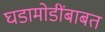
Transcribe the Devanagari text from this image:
घडामोडींबाबत